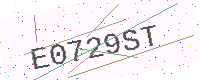
Text: E0729ST